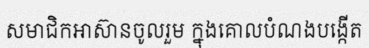
សមាជិកអាស៊ានចូលរួម ក្នុងគោលបំណងបង្កើត